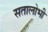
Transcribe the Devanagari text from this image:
सतालोभी